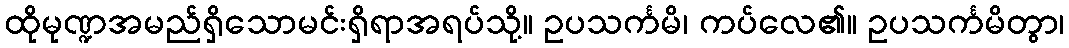
ထိုမုဏ္ဍအမည်ရှိသောမင်းရှိရာအရပ်သို့။ ဥပသင်္ကမိ၊ ကပ်လေ၏။ ဥပသင်္ကမိတွာ၊